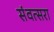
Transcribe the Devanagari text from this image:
संवत्सरा